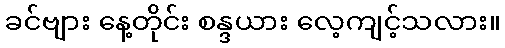
ခင်ဗျား နေ့တိုင်း စန္ဒယား လေ့ကျင့်သလား။